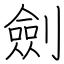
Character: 劍